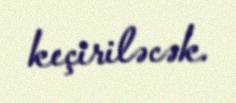
keçiriləcək.